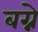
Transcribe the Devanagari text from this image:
बग्ने